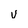
Character: v